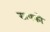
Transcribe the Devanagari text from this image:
साफ्फो